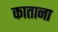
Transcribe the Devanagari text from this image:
काताना